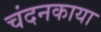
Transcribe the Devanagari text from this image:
चंदनकाया